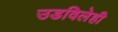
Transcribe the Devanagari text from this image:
उडविलेही